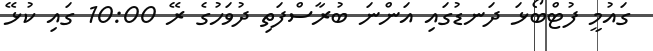
ގައުމީ ފުޓްބޯޅަ ދަނޑުގައި އަންނަ ބުރާސްފަތި ދުވަހުގެ ރޭ 10:00 ގައި ކުޅޭ